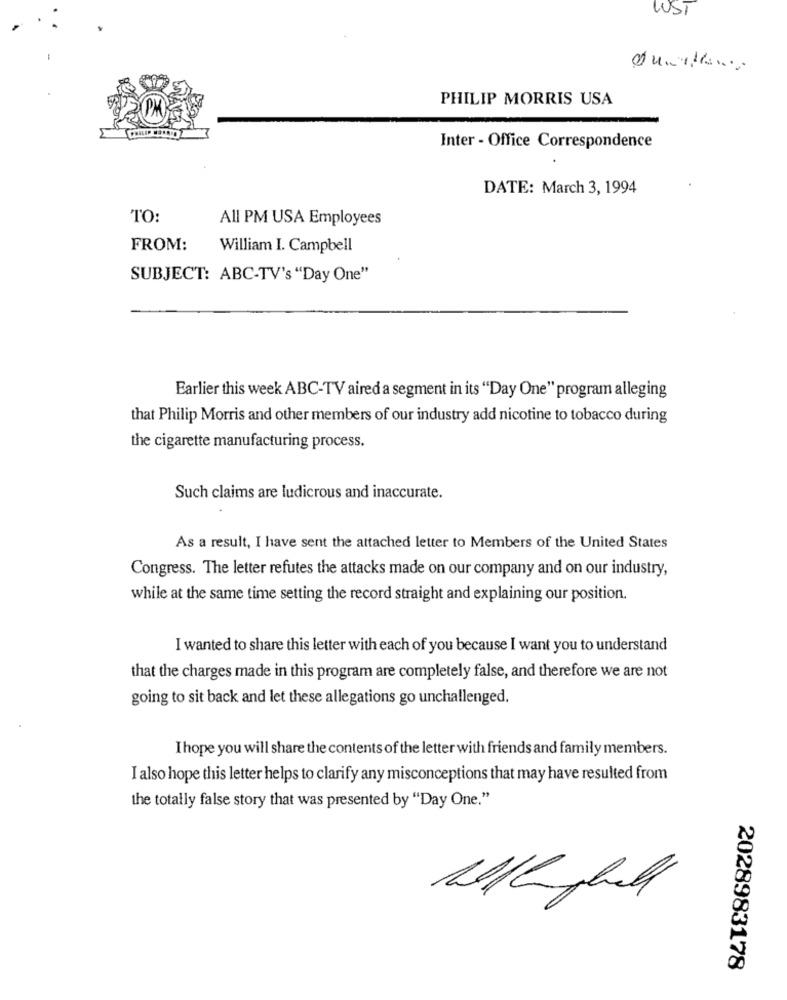
LUST
PHILIP MORRIS USA
Inter - Office Correspondence
DATE: March 3, 1994
TO:
All PM USA Employees
FROM:
William I. Campbell
SUBJECT: ABC-TV's "Day One"
Earlier this week ABC-TV aired a segment in its "Day One" program alleging
that Philip Morris and other members of our industry add nicotine to tobacco during
the cigarette manufacturing process.
Such claims are ludicrous and inaccurate.
As a result, I have sent the attached letter to Members of the United States
Congress. The letter refutes the attacks made on our company and on our industry,
while at the same time setting the record straight and explaining our position.
I wanted to share this letter with each of you because I want you to understand
that the charges made in this program are completely false, and therefore we are not
going to sit back and let these allegations go unchallenged.
I hope you will share the contents of the letter with friends and family members.
I also hope this letter helps to clarify any misconceptions that may have resulted from
the totally false story that was presented by "Day One."
2028983178